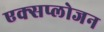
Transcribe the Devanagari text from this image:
एक्सप्लोजन